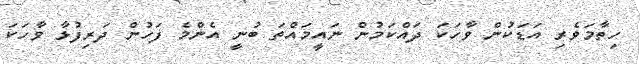
ހިތާމަވެރި އަޑަކުން ވާހަކަ ދައްކަމުން ނައީމައްތަ ބުނީ އެންމެ ފަހުން ދަރިފުޅާ ވާހަކަ